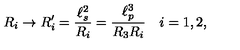
R _ { i } \rightarrow R _ { i } ^ { \prime } = \frac { \ell _ { s } ^ { 2 } } { R _ { i } } = \frac { \ell _ { p } ^ { 3 } } { R _ { 3 } R _ { i } } \quad i = 1 , 2 ,